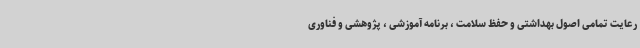
رعایت تمامی اصول بهداشتی و حفظ سلامت ، برنامه آموزشی ، پژوهشی و فناوری